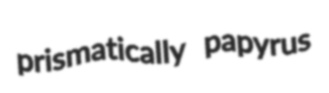
prismatically papyrus